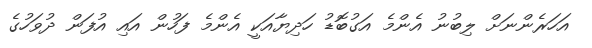
އަހަރެންނަށް ލިބުނު އެންމެ އަގުބޮޑު ހަދިޔާއަކީ އެންމެ ފަހުން އައި އުފަން ދުވަހުގެ